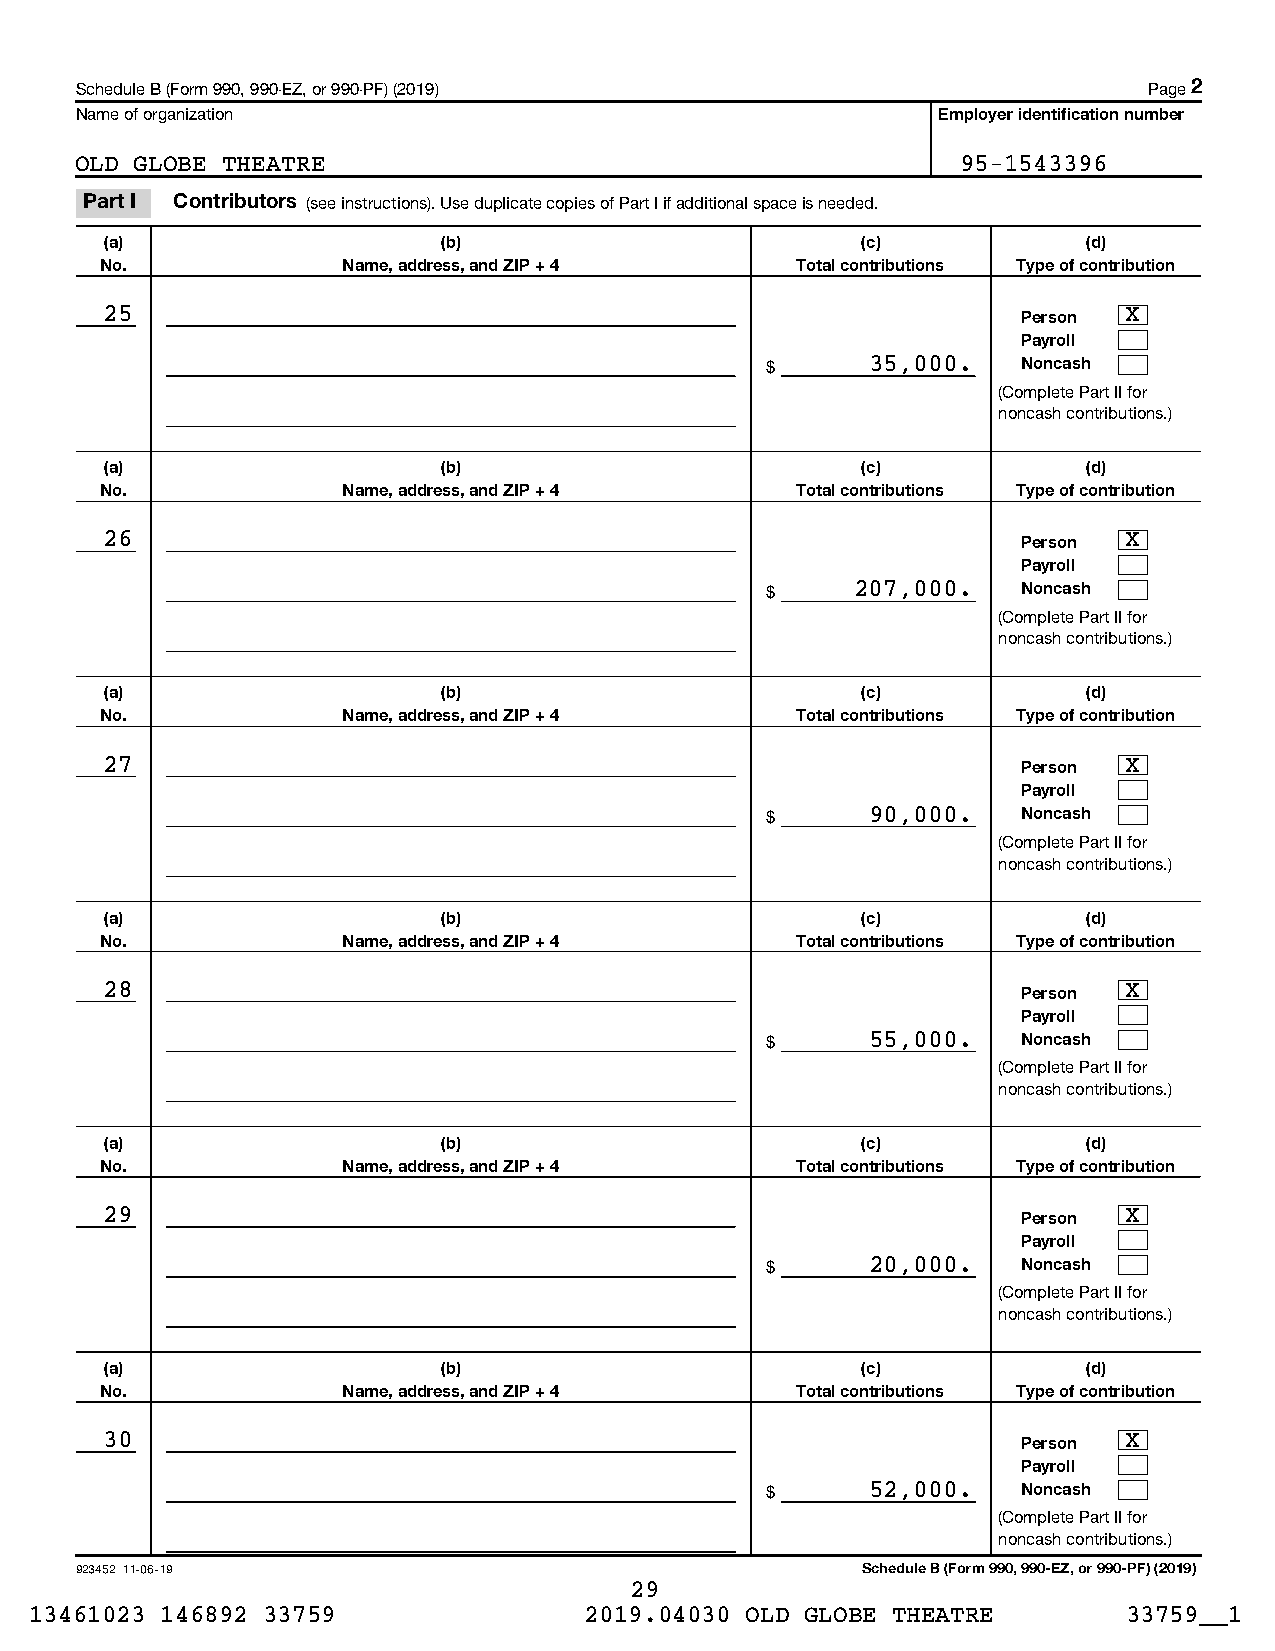
Schedule B (Form 990, 990-EZ, or 990-PF) (2019)                        Page 2
 Name of organization                                     Employer identification number
 OLD GLOBE THEATRE                                          95-1543396
 Part I Contributors (see instructions). Use duplicate copies of Part I if additional space is needed.
 (a)                   (b)                         (c)            (d)
 No.             Name, address, and ZIP + 4    Total contributions Type of contribution
 25                                                           Person X
 Payroll
 $      35,000.   Noncash
 (Complete Part II for
 noncash contributions.)
 (a)                   (b)                         (c)            (d)
 No.             Name, address, and ZIP + 4    Total contributions Type of contribution
 26                                                           Person X
 Payroll
 $     207,000.   Noncash
 (Complete Part II for
 noncash contributions.)
 (a)                   (b)                         (c)            (d)
 No.             Name, address, and ZIP + 4    Total contributions Type of contribution
 27                                                           Person X
 Payroll
 $      90,000.   Noncash
 (Complete Part II for
 noncash contributions.)
 (a)                   (b)                         (c)            (d)
 No.             Name, address, and ZIP + 4    Total contributions Type of contribution
 28                                                           Person X
 Payroll
 $      55,000.   Noncash
 (Complete Part II for
 noncash contributions.)
 (a)                   (b)                         (c)            (d)
 No.             Name, address, and ZIP + 4    Total contributions Type of contribution
 29                                                           Person X
 Payroll
 $      20,000.   Noncash
 (Complete Part II for
 noncash contributions.)
 (a)                   (b)                         (c)            (d)
 No.             Name, address, and ZIP + 4    Total contributions Type of contribution
 30                                                           Person X
 Payroll
 $      52,000.   Noncash
 (Complete Part II for
 noncash contributions.)
 923452 11-06-19                                     Schedule B (Form 990, 990-EZ, or 990-PF) (2019)
 29
 13461023 146892 33759                2019.04030 OLD GLOBE THEATRE        33759__1